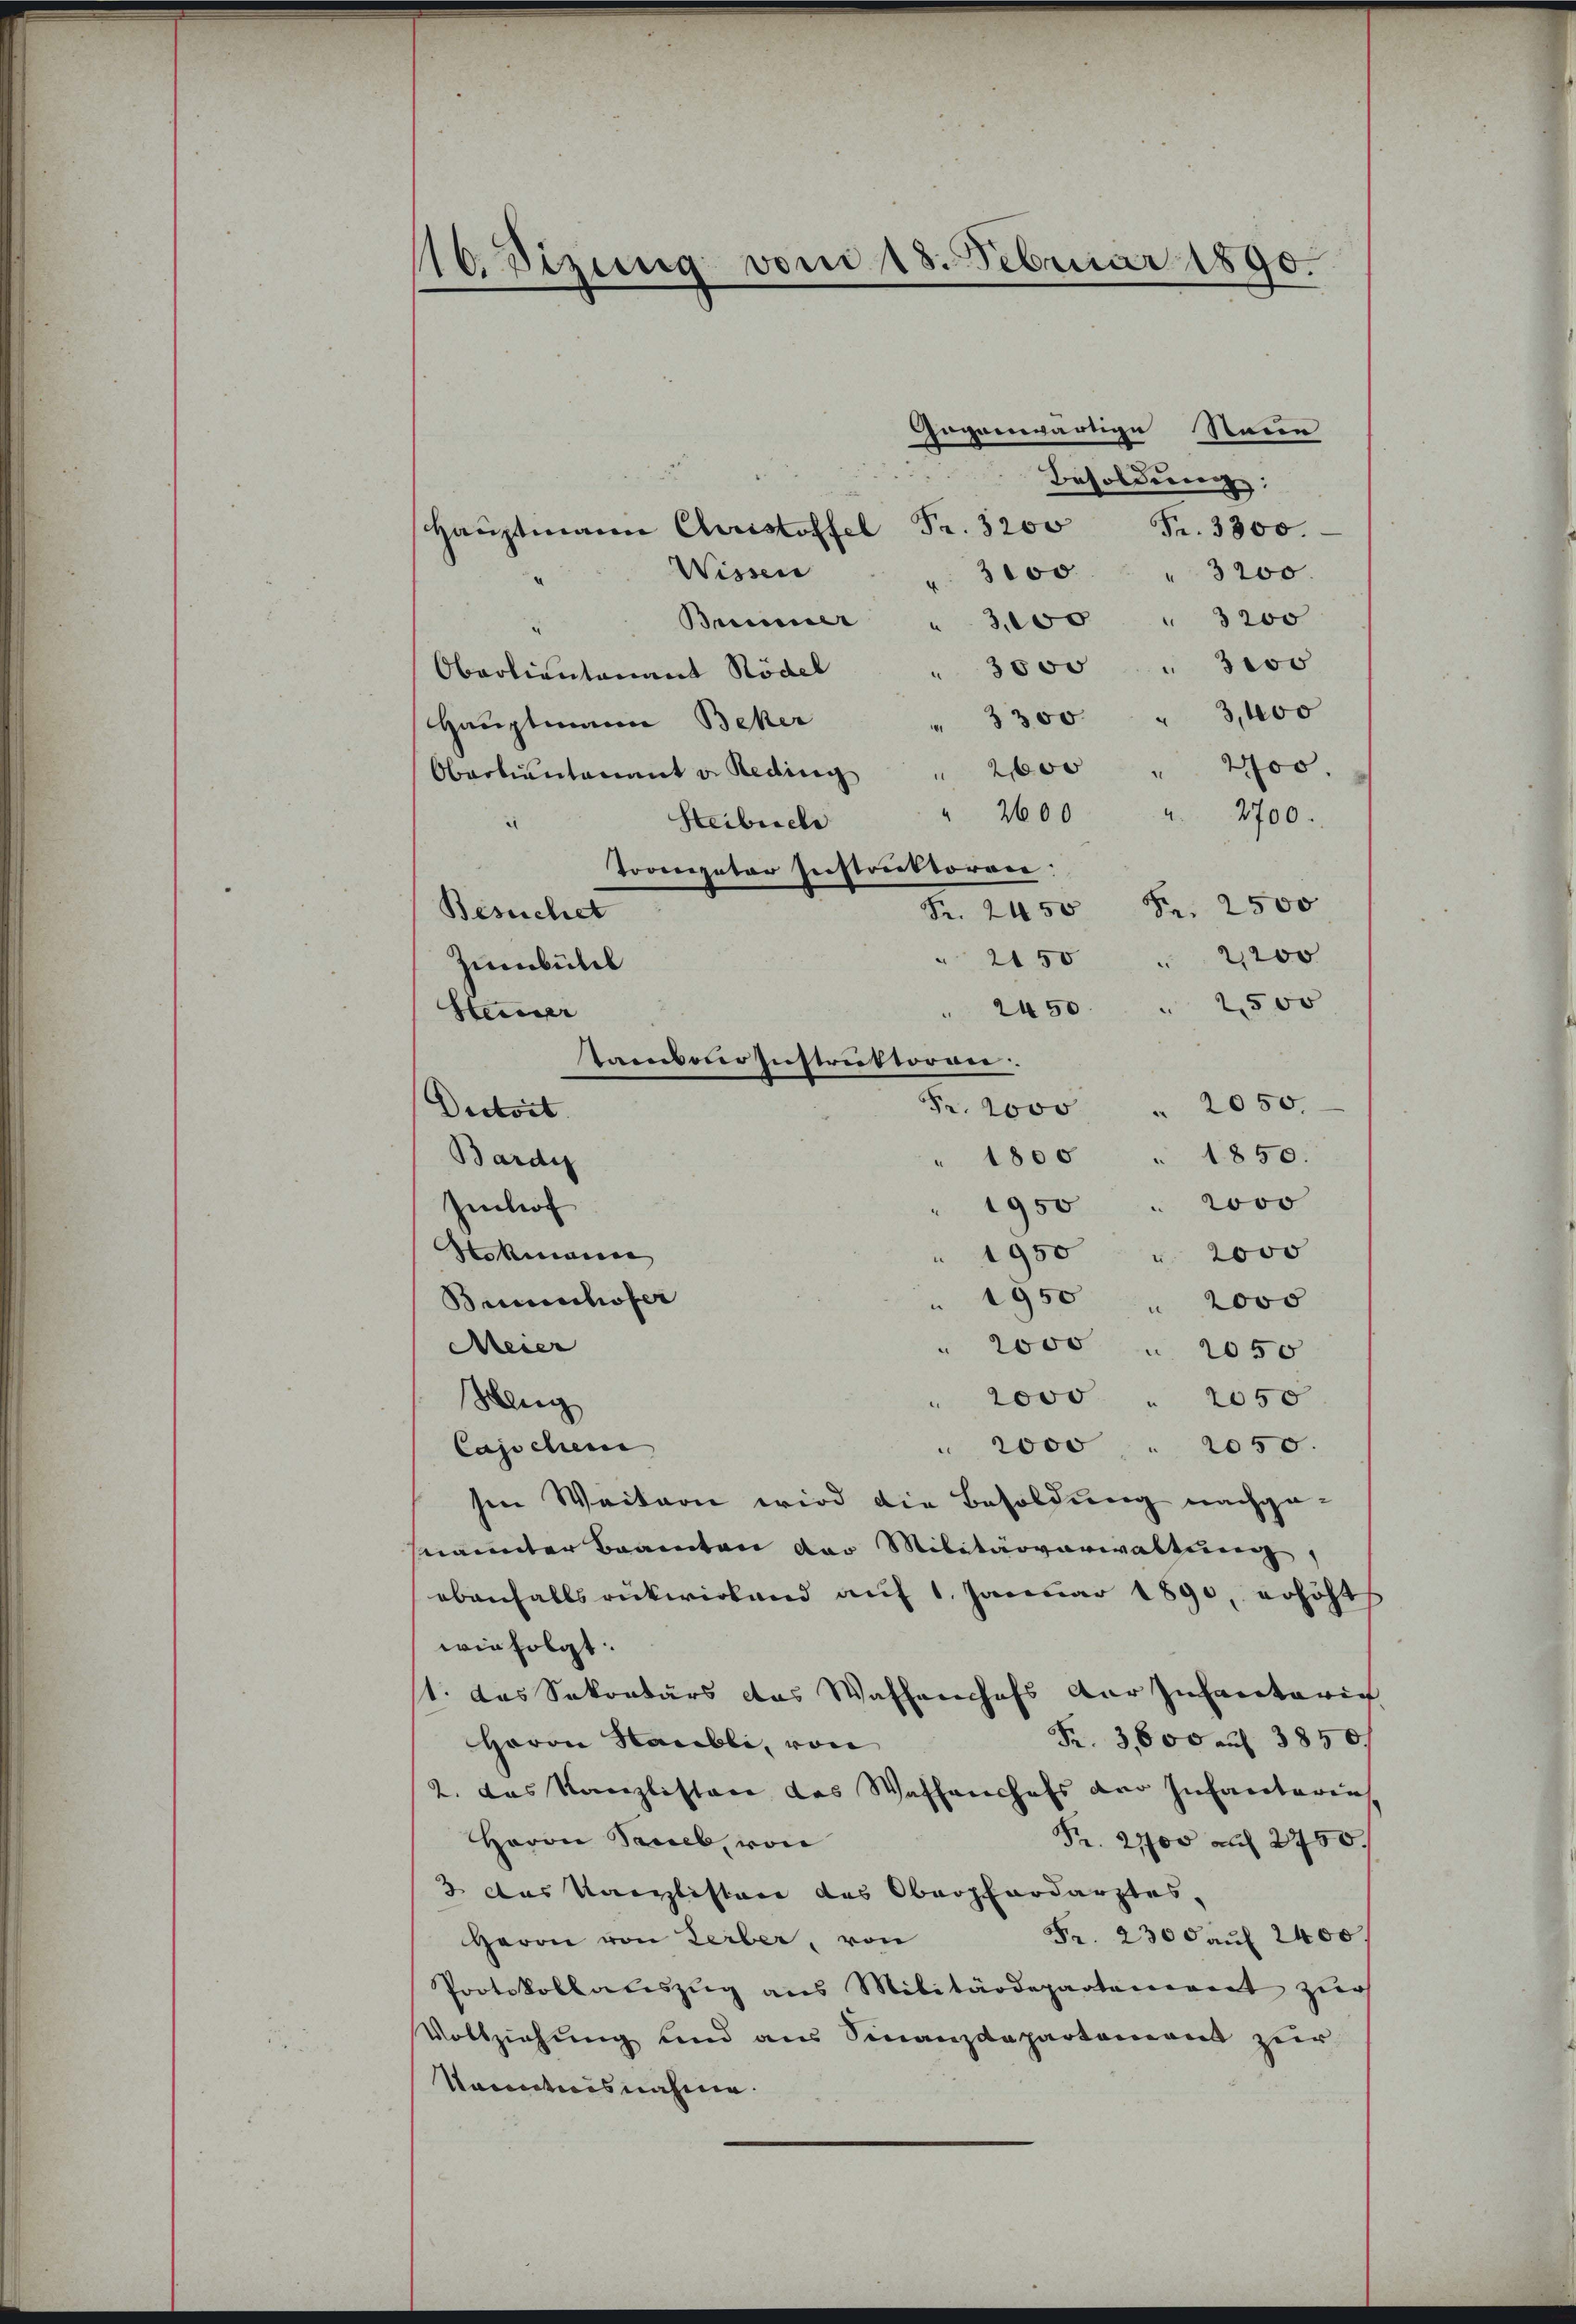
110. Sizung vom 18. Februar 1890.

Gegenwärtige
Staein
Besoldung:
Haŭptmann Christoffel Fr. 3200 Fr. 3300.
Wissen
3100 " 3200.
Briner " 3,100 " 3200
" 3000 " 3wo
Obartientanant Rödel
" 3300 " 3,400
Hauptmann Beher
2700.
Oberlieutenant v. Reding " 2000
" 2600
" 2700.
Steibuche
Tooenpater Instruktoren:
Fr. 2000 Fr. 2500
Besuchet
" 2150 " 2,200
Zumbüldl
" 2450. " 2500
Steiner
Fr. 2000 " 2050.
Dictort
" 1800 " 1850.
Bardig
" 1950 " 2000
Imhof
Hokenera
" 1950 " 2000
Bachofer
" 1950 " 2000
Meier
" 2000 " 2050
" 2000 " 2050
Wenig
" 2000 " 2050.
Capschen
sen Weitern wird die Besoldung nachgenannter Beamten der Militärverwaltung,
ebenfallsrükwirkend auf 1. Januar 1890, erhöht
wie folgt:
1. das Sekretärs das Waffenhofs der Infanterich
Fr. 3800 auf 3850.
Herrn Raubli, von
2. das Kanzlisten des Waffenshofs der Infantaria
Herrn Samb, von
Fr. 2700 auf 2750.
2 das Kanzlisten des Oberfordarztes.
Fr. 2300 auf 2400.
Herrn von Zerber, von
Protokollateszug aus Militärdepartaerart zur
Vollziehung und aus Finanzdepartement zur
kanntnisnahme.

tambor Instruktoren.